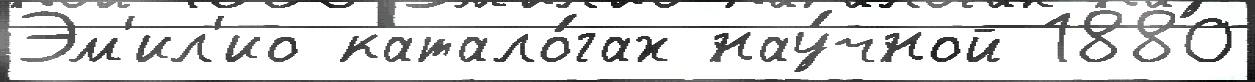
Эм'ил'ио катало́гах нау́чной 1880